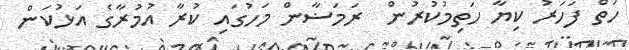
ހަތް ފަހަރު ކިޔާ ހަތިމުކުރުން  ރަމަޟާން މަހުގައި ކުރާ އުމުރާގެ އަޅުކަން